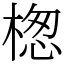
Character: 楤